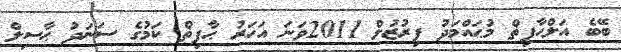
ބޭބެ އަލްޙާފިޡްް މުޙައްމަދު ފިރުޒުލް 2011ވަނަ އަހަރު ޙާފިޡް ކަމުގެ ސަނަދު ޙާސިލް